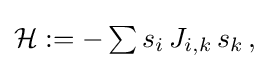
{\textstyle {\mathcal {H}}:=-\sum s_{i}\,J_{i,k}\,s_{k}\,,}